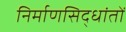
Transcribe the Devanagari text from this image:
निर्माणसिद्धांतों